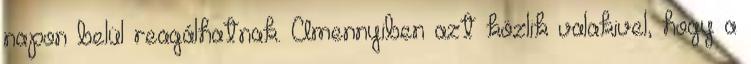
napon belül reagálhatnak. Amennyiben azt közlik valakivel, hogy a